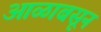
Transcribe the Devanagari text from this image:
आळाबसून